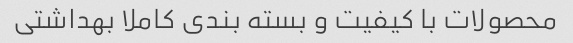
محصولات با کیفیت و بسته بندی کاملا بهداشتی